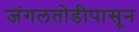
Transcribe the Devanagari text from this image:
जंगलतोडीपासून